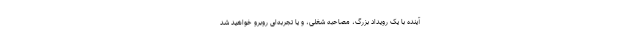
آینده با یک رویداد بزرگ، مصاحبه شغلی، و یا تجربه‌ای روبرو خواهید شد